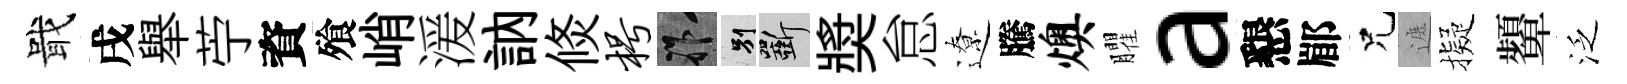
戢戌舉苧資飱峭湲訥倐枵祚别斫奬怠遼騰燠臞a懇郿兄遮擬顰泛